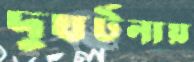
দুঘর্টনায়